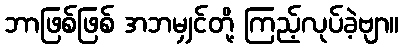
ဘာဖြစ်ဖြစ် အဘမျှင်တို့ ကြည့်လုပ်ခဲ့ဗျာ။